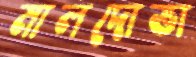
মালদোভা